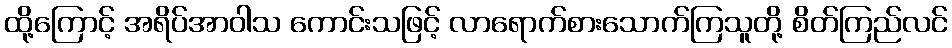
ထို့ကြောင့် အရိပ်အာဝါသ ကောင်းသဖြင့် လာရောက်စားသောက်ကြသူတို့ စိတ်ကြည်လင်